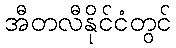
အီတလီနိုင်ငံတွင်